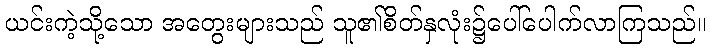
ယင်းကဲ့သို့သော အတွေးများသည် သူ၏စိတ်နှလုံး၌ပေါ်ပေါက်လာကြသည်။